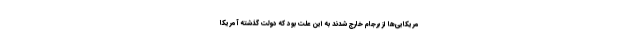
مریکایی‌ها از برجام خارج شدند به این علت بود که دولت گذشته آمریکا